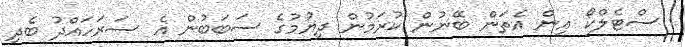
ސްޓެލްކޯ އިން އެތަން ބޭނުން ކުރަމުން ދިޔުމުގެ ސަބަބުން އެ ސަރަހައްދު ބެދި